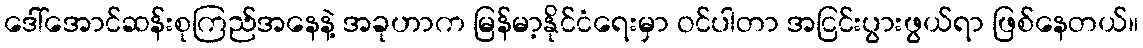
ဒေါ်အောင်ဆန်းစုကြည်အနေနဲ့ အခုဟာက မြန်မာ့နိုင်ငံရေးမှာ ဝင်ပါတာ အငြင်းပွားဖွယ်ရာ ဖြစ်နေတယ်။